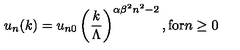
u _ { n } ( k ) = u _ { n 0 } \left( { \frac { k } { \Lambda } } \right) ^ { \alpha \beta ^ { 2 } n ^ { 2 } - 2 } , { \mathrm { f o r } } n \ge 0